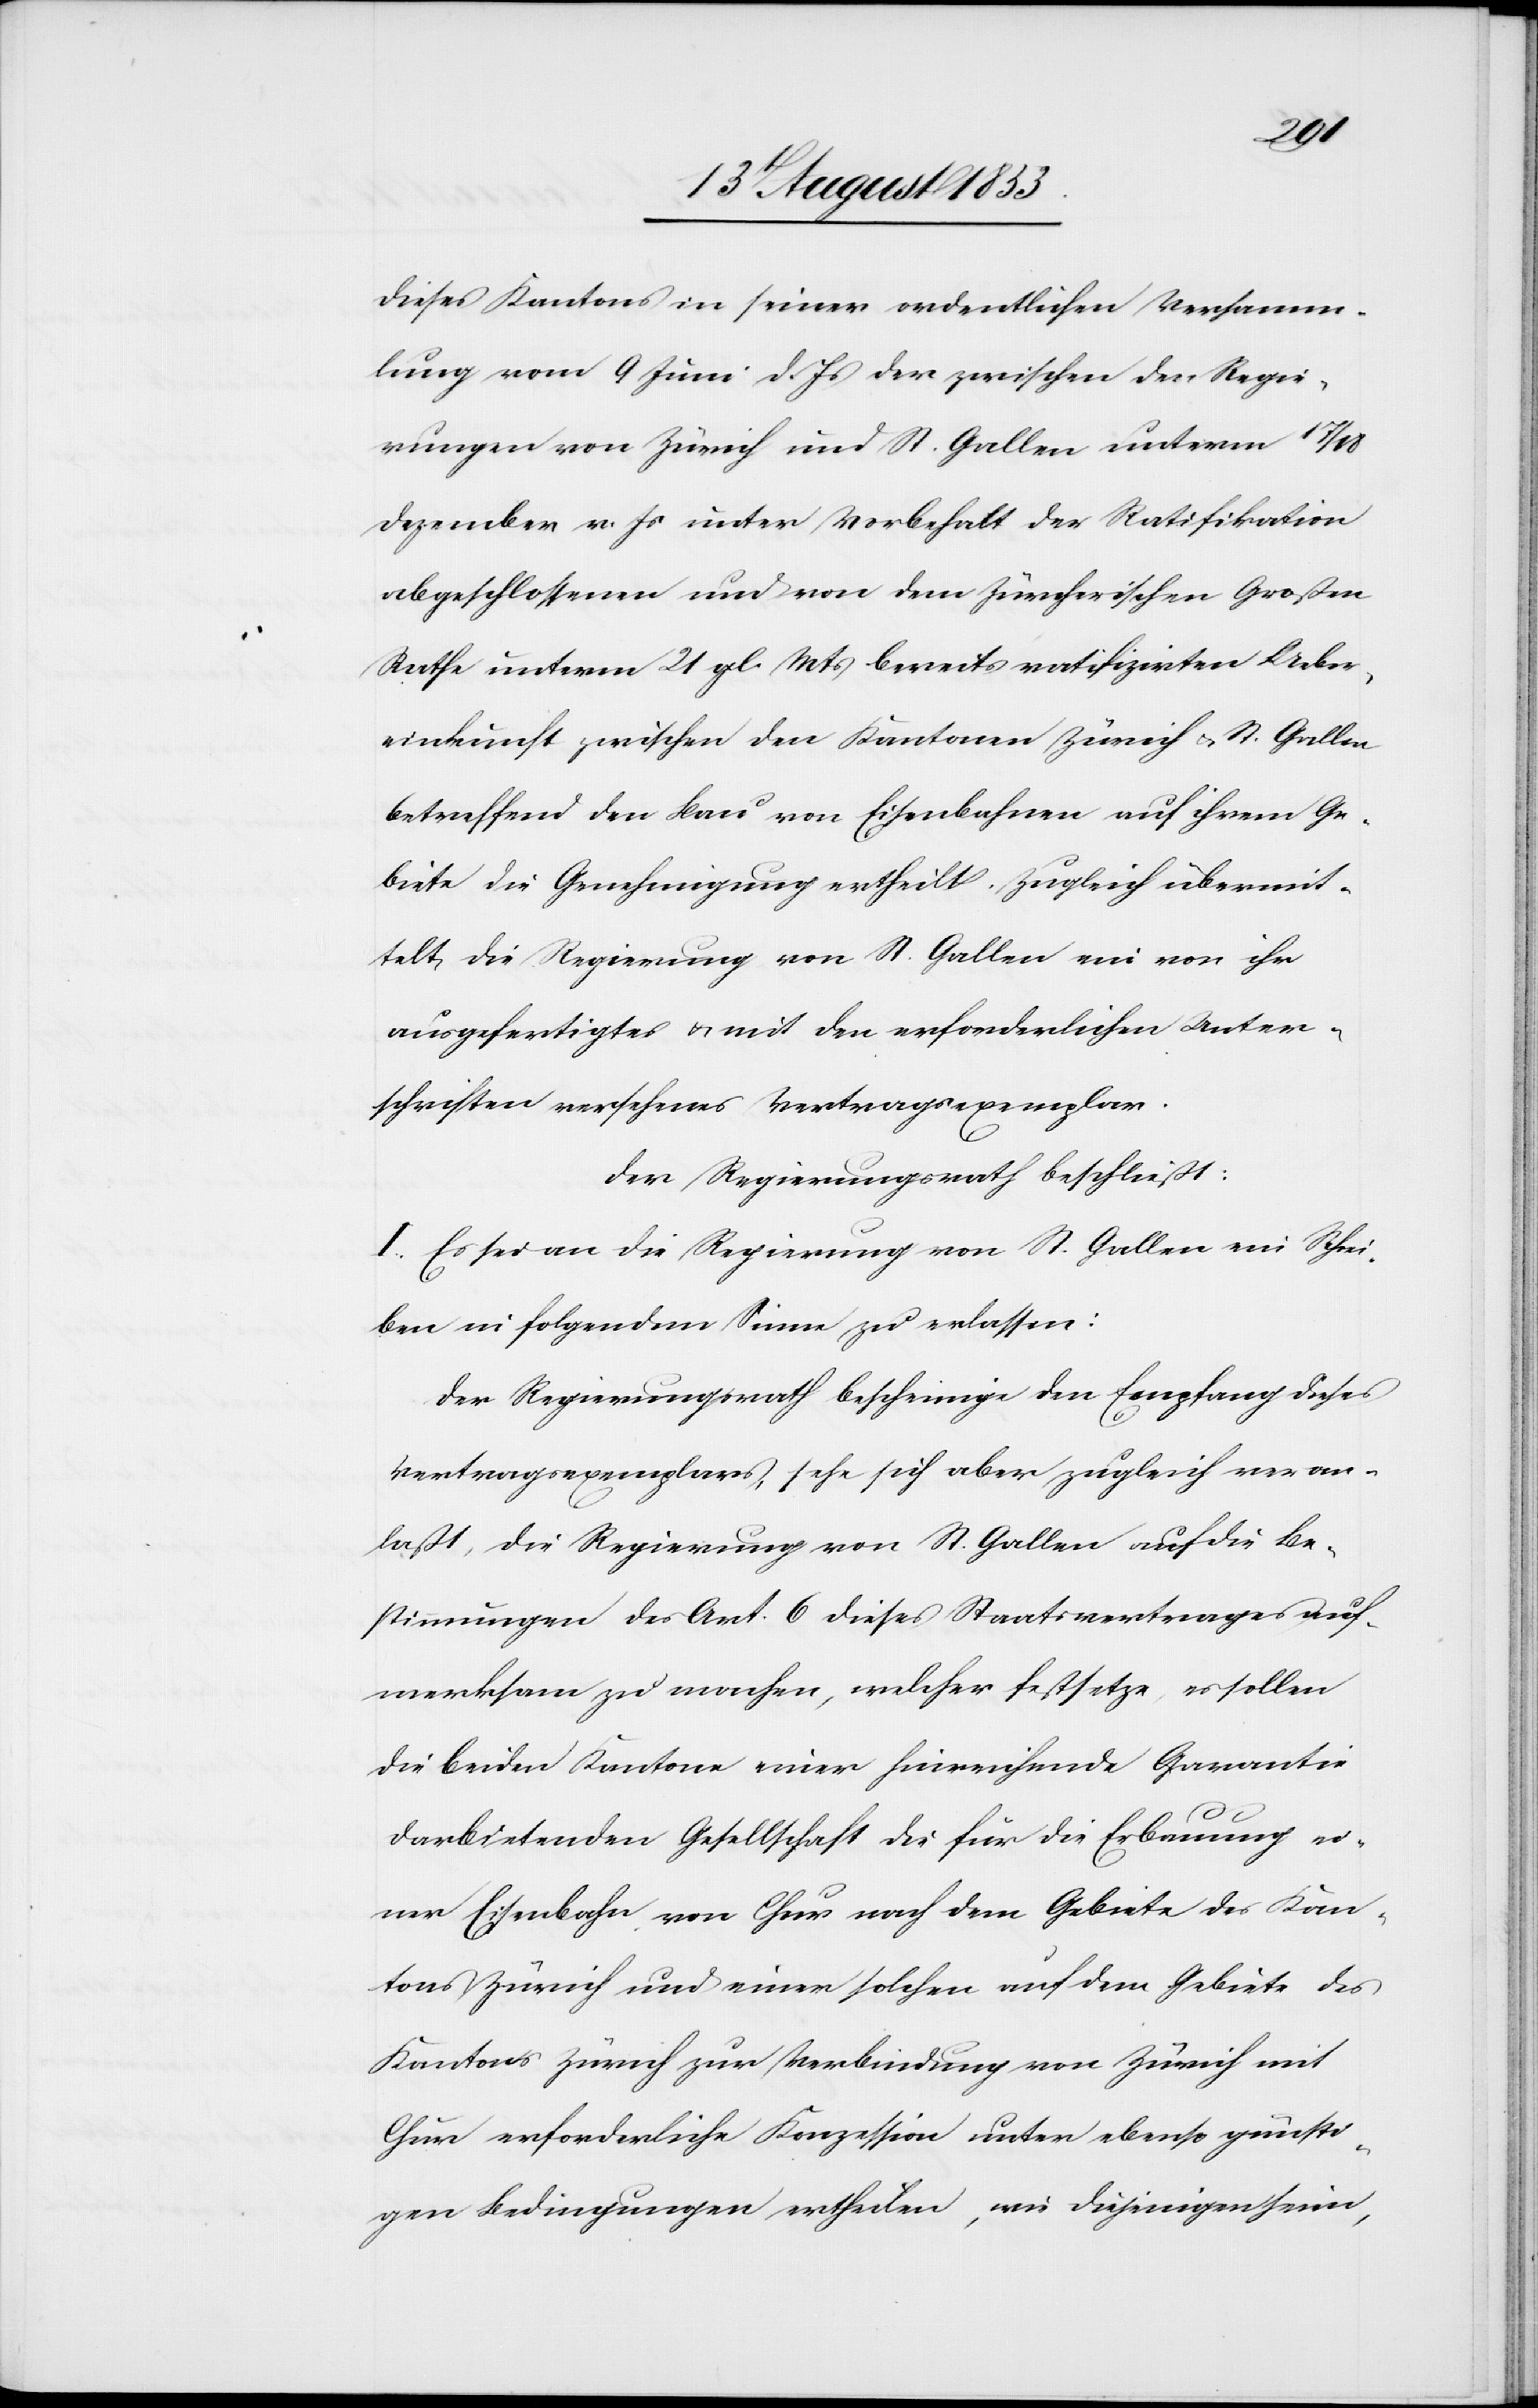
dieses Kantons in seiner ordentlichen Versamm¬
lung vom 9 Juni d. Js. der zwischen der Regie¬
rungen von Zürich und St. Gallen unterm
Dezember vor. Js. unter Vorbehalt der Ratifikation
abgeschlossenen und von dem Zürcherischen Großen
Rathe unterm 21 gl. Mts bereits ratifizirten Ueber¬
einkuft zwischen den Kantonen Zürich u. St. Gallen
betreffend den Bau von Eisenbahnen auf ihrem Ge¬
biete die Genehmigung ertheilt. Zugleich übermit¬
telt die Regierung von St. Gallen ein von ihr
ausgefertigtes u. mit den erforderlichen Unter¬
schriften versehenes Vertragsexemplar.
Der Regierungsrath beschließt:
I. Es sei an die Regierung von St. Gallen ein Schrei¬
ben im folgenden Sinne zu erlassen:
Der Regierungsrath bescheinige den Empfang dieses
Vertragsexemplars, sehe sich aber zugleich veran¬
laßt, die Regierung von St. Gallen auf die Be¬
stimmungen des Art. 6 dieses Staatsvertrages auf¬
merksam zu machen, welcher festsetze, es sollen
die beiden Kantone einer hinreichende Garantie
darbietenden Gesellschaft die für die Erbauung ei¬
ner Eisenbahn von Chur nach dem Gebiete des Kan¬
tons Zürich und einer solchen auf dem Gebiete des
Kantons Zürich zur Verbindung von Zürich mit
Chur erforderliche Konzession unter ebenso günsti¬
gen Bedingungen ertheilen, wie diejeningen seien,